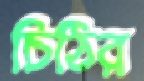
চিঠির